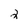
Character: 2